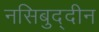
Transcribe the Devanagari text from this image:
नसिबुद्दीन